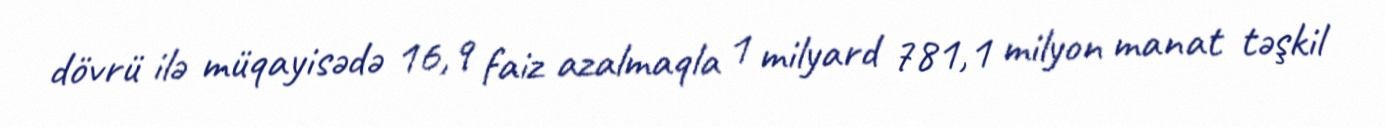
dövrü ilə müqayisədə 16,9 faiz azalmaqla 1 milyard 781,1 milyon manat təşkil